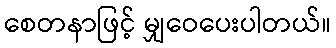
စေတနာဖြင့် မျှဝေပေးပါတယ်။